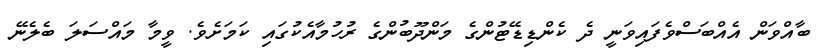
ބާއްވަން އެއްބަސްވެފައިވަނީ ދެ ކެންޑިޑޭޓުންގެ މަންދޫބުންގެ ރުހުމާއެކުގައި ކަމަށެވެ. ވީމާ މައްސަލަ ބެލެނޭ